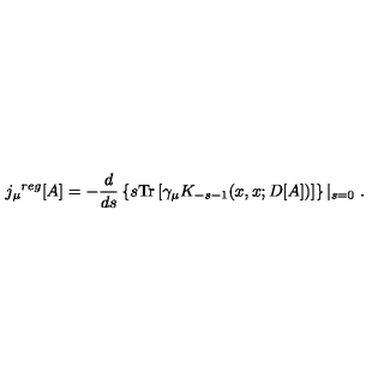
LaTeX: { j _ { \mu } } ^ { r e g } [ A ] = - \frac { d } { d s } \left\{ s \mathrm { T r } \left[ \gamma _ { \mu } K _ { - s - 1 } ( x , x ; D [ A ] ) \right] \right\} \left| _ { s = 0 } \right. .